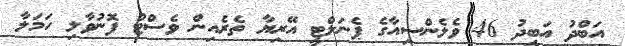
އަބްދު އަބީދު 46 ވެލެންސިއާގެ ޕެނަލްޓީ އޭރިޔާ ތެރެއިން ވެސްޓް ފޮނުވާލި ހަމަލާ